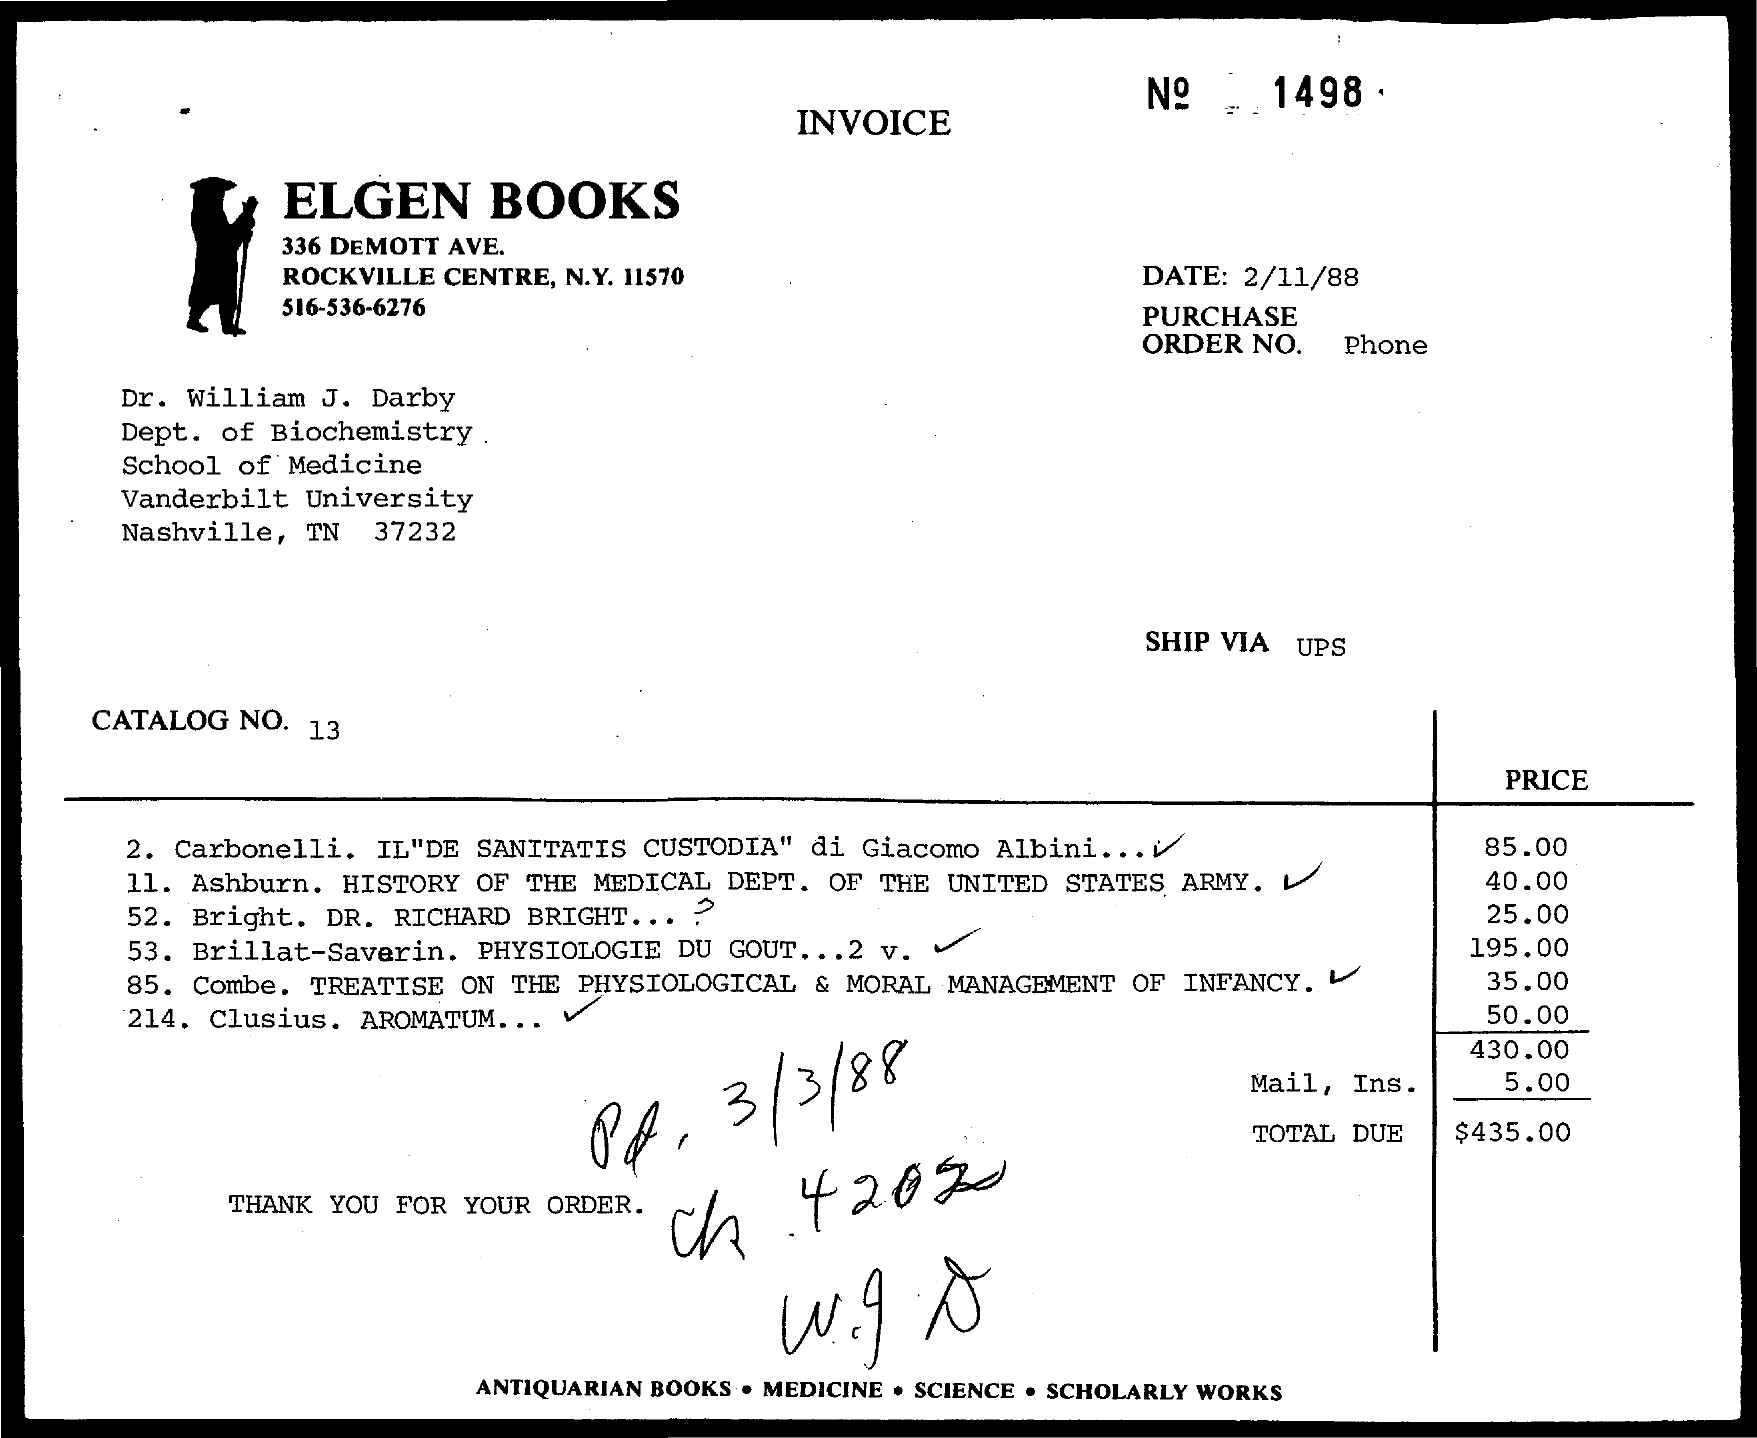
INVOICE
     Nº . . 1498 .
     ELGEN    BOOKS
     336 DEMOTT AVE.
     ROCKVILLE CENTRE, N.Y. 11570    DATE: 2/11/88
     516-536-6276    PURCHASE
     ORDER NO. Phone
     Dr. William J. Darby
     Dept. of Biochemistry .
     School of Medicine
     Vanderbilt University
     Nashville, TN 37232
     SHIP VIA UPS
     CATALOG NO. 13
     PRICE
     2. Carbonelli. IL"DE SANITATIS CUSTODIA" di Giacomo Albini .... 85.00
     11. Ashburn. HISTORY OF THE MEDICAL DEPT. OF THE UNITED STATES ARMY. 40.00
     52. Bright. DR. RICHARD BRIGHT ... ?    25.00
     53. Brillat-Saverin. PHYSIOLOGIE DU GOUT ... 2 v.    195.00
     85. Combe. TREATISE ON THE PHYSIOLOGICAL & MORAL MANAGEMENT OF INFANCY. 35.00
     214. Clusius. AROMATUM ... V    50.00
     430.00
     Mail, Ins. 5.00
     Of . 3  /3 /88
     TOTAL DUE $435.00
     THANK YOU FOR YOUR ORDER.
     ch   42020
     w.9.0
     ANTIQUARIAN BOOKS . MEDICINE . SCIENCE . SCHOLARLY WORKS